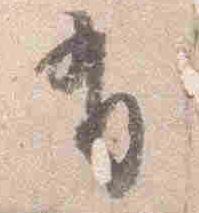
有